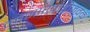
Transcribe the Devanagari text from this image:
लोणारवाडीजवळ